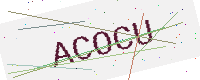
Text: ACOCU